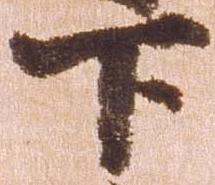
下